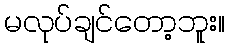
မလုပ်ချင်တော့ဘူး။